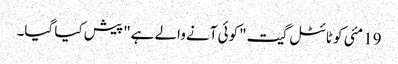
19 مئی کو ٹائٹل گیت "کوئی آنے والے ہے" پیش کیا گیا۔